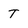
Character: T